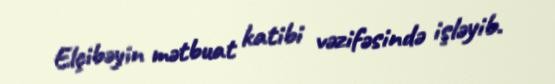
Elçibəyin mətbuat katibi vəzifəsində işləyib.